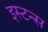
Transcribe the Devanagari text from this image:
इस्टन्स